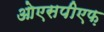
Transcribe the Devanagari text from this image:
ओएसपीएफ़